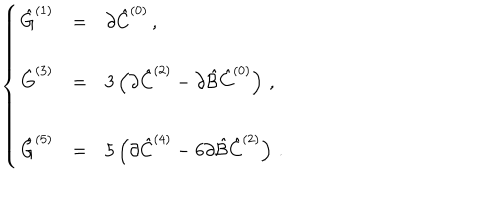
\left\{ \begin{array} { r c l } { { \hat { G } ^ { ( 1 ) } } } & { { = } } & { { \partial \hat { C } ^ { ( 0 ) } \, , } } \\ { { } } & { { } } & { { } } \\ { { \hat { G } ^ { ( 3 ) } } } & { { = } } & { { 3 \left( \partial \hat { C } ^ { ( 2 ) } - \partial \hat { \cal B } \hat { C } ^ { ( 0 ) } \right) \, , } } \\ { { } } & { { } } & { { } } \\ { { \hat { G } ^ { ( 5 ) } } } & { { = } } & { { 5 \left( \partial \hat { C } ^ { ( 4 ) } - 6 \partial \hat { \cal B } \hat { C } ^ { ( 2 ) } \right) \, . } } \\ \end{array} \right.